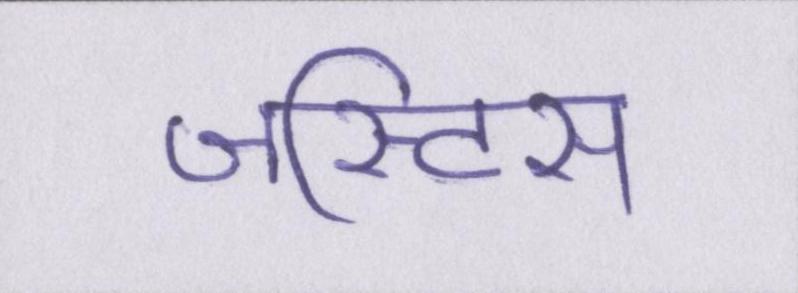
जस्टिस